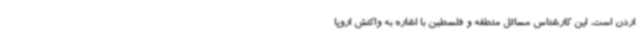
اردن است. این کارشناس مسائل منطقه و فلسطین با اشاره به واکنش اروپا